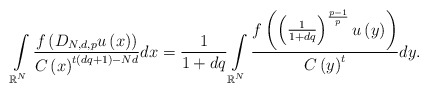
\begin{align*}\int\limits_{\mathbb{R}^{N}}\frac{f\left( D_{N,d,p}u\left( x\right) \right) }{C\left( x\right)^{t\left( dq+1\right) -Nd}}dx=\frac{1}{1+dq}\int\limits_{\mathbb{R}^{N}}\frac{f\left( \left( \frac{1}{1+dq}\right) ^{\frac{p-1}{p}}u\left(y\right) \right) }{C\left( y\right) ^{t}}dy.\end{align*}